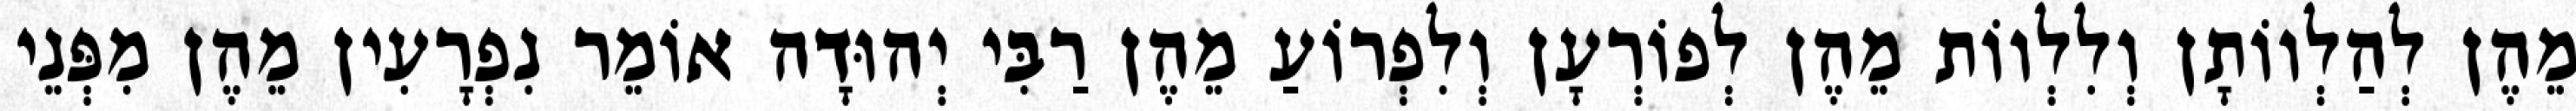
מֵהֶן לְהַלְווֹתָן וְלִלְווֹת מֵהֶן לְפוֹרְעָן וְלִפְרוֹעַ מֵהֶן רַבִּי יְהוּדָה אוֹמֵר נִפְרָעִין מֵהֶן מִפְּנֵי